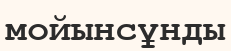
мойынсұнды